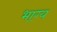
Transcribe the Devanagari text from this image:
भाग्‍य